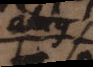
alius